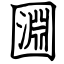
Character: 㘤